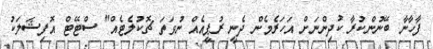
ފާހާނާ ބޭނުންކުރާ ކުދިންނަށް އަހަރެމެން ދެނީ ރުޕީއެއް ނުވަތަ ޗޮކުލެޓެއް" ސްޓޭޓް އޮފިޝަލަކު